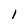
Character: l